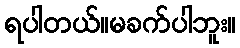
ရပါတယ်။မခက်ပါဘူး။